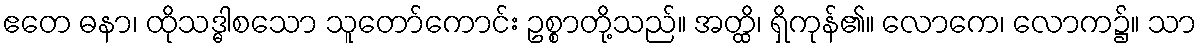
ဧတေ ဓနာ၊ ထိုသဒ္ဓါစသော သူတော်ကောင်း ဥစ္စာတို့သည်။ အတ္ထိ၊ ရှိကုန်၏။ လောကေ၊ လောက၌။ သာ